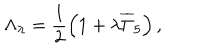
\Lambda _ { \lambda } = \frac 1 2 \left( 1 + \lambda \overline { { { \Gamma } } } _ { 5 } \right) ,